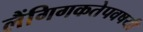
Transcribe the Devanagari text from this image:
लैंगिगकतेपवषयी